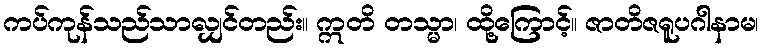
ကပ်ကုန်သည်သာလျှင်တည်း။ ဣတိ တသ္မာ၊ ထို့ကြောင့်။ ဇာတိဇရူပဂါနာမ၊